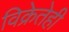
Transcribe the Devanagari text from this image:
विक्रेतेही